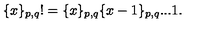
\{ x \} _ { p , q } ! = \{ x \} _ { p , q } \{ x - 1 \} _ { p , q } . . . 1 .